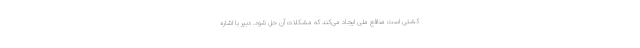
کشتی است منافع ملی ایجاد می‌کند که مشکلات آن حل شود. دبیر با اشاره